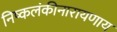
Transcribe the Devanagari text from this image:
निष्कलंकीनारायणाय